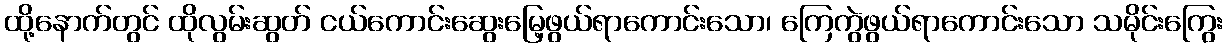
ထို့နောက်တွင် ထိုလွမ်းဆွတ် ငယ်ကောင်းဆွေးမြေ့ဖွယ်ရာကောင်းသော၊ ကြေကွဲဖွယ်ရာကောင်းသော သမိုင်းကြွေး